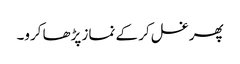
پھر غسل کر کے نماز پڑھا کرو۔